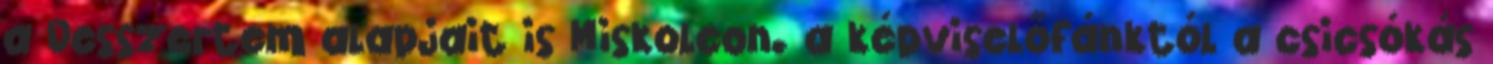
a Desszertem alapjait is Miskolcon. a képviselőfánktól a csicsókás